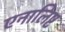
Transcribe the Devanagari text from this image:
एनालिष्ट